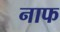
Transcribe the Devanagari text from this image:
नाफ